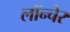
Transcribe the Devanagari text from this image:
लॉन्चेर